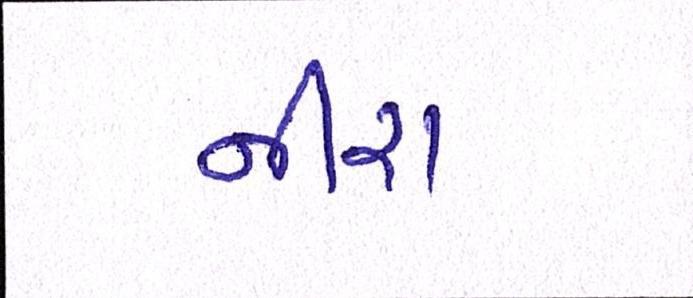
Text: નીરા